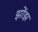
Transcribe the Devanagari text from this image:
झोंझ